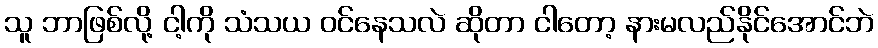
သူ ဘာဖြစ်လို့ ငါ့ကို သံသယ ဝင်နေသလဲ ဆိုတာ ငါတော့ နားမလည်နိုင်အောင်ဘဲ